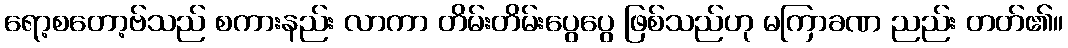
ရော့စတော့ဗ်သည် စကားနည်း လာကာ တိမ်းတိမ်းပွေပွေ ဖြစ်သည်ဟု မကြာခဏ ညည်း တတ်၏။